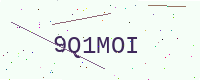
Text: 9Q1MOI